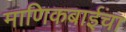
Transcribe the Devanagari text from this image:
माणिकबाईंचा